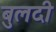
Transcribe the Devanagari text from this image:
बुलदी